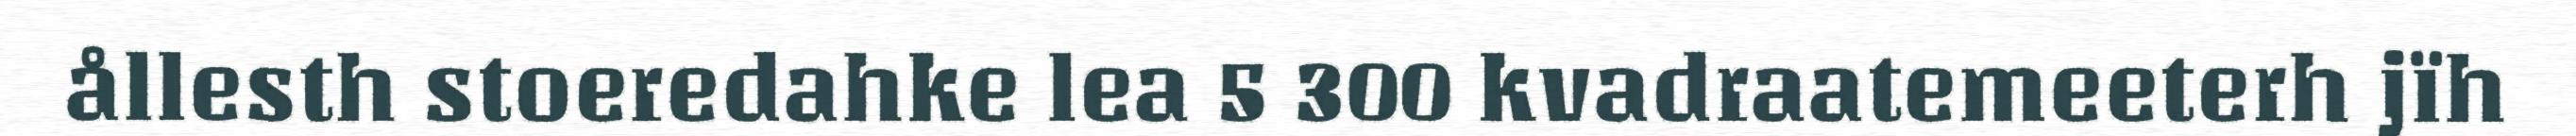
ållesth stoeredahke lea 5 300 kvadraatemeeterh jïh